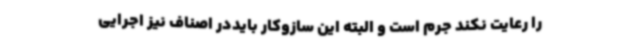
را رعایت نکند جرم است و البته این سازوکار بایددر اصناف نیز اجرایی